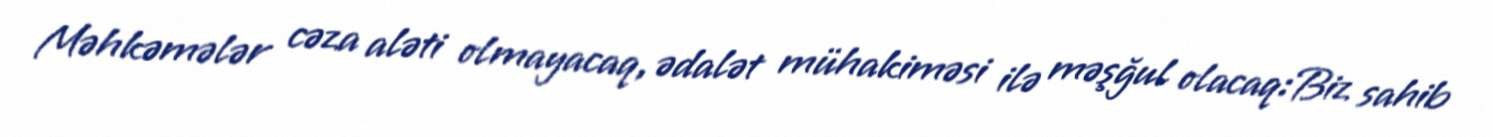
Məhkəmələr cəza aləti olmayacaq, ədalət mühakiməsi ilə məşğul olacaq:Biz sahib